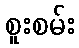
စူးစမ်း